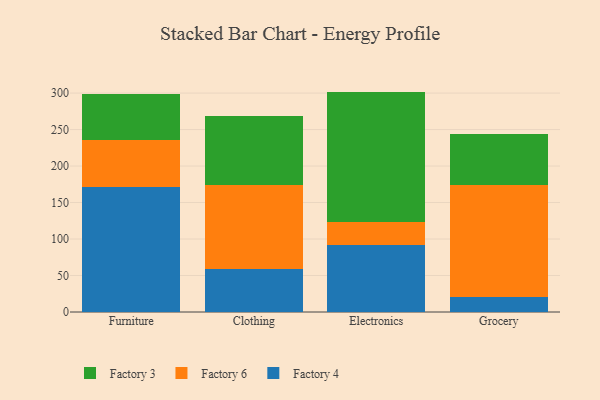
{"axis": {"x": "Category", "y": "Shipments"}, "legend": ["Factory 3", "Factory 4", "Factory 6"], "data": [{"x": "Furniture", "y": 171.6, "type": "Factory 4"}, {"x": "Furniture", "y": 64.0, "type": "Factory 6"}, {"x": "Furniture", "y": 62.5, "type": "Factory 3"}, {"x": "Clothing", "y": 58.6, "type": "Factory 4"}, {"x": "Clothing", "y": 115.7, "type": "Factory 6"}, {"x": "Clothing", "y": 93.9, "type": "Factory 3"}, {"x": "Electronics", "y": 91.7, "type": "Factory 4"}, {"x": "Electronics", "y": 31.3, "type": "Factory 6"}, {"x": "Electronics", "y": 179.0, "type": "Factory 3"}, {"x": "Grocery", "y": 21.2, "type": "Factory 4"}, {"x": "Grocery", "y": 152.7, "type": "Factory 6"}, {"x": "Grocery", "y": 69.9, "type": "Factory 3"}]}